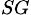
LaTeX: _{SG}